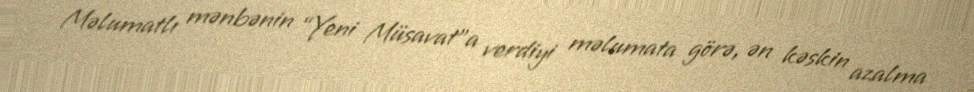
Məlumatlı mənbənin “Yeni Müsavat”a verdiyi məlumata görə, ən kəskin azalma